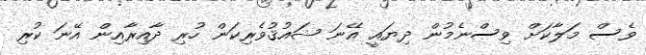
ވެސް މަލާކަށް ވިސްނެމުން ދިޔައީ އޭނަ ޝައުޤުވެރިކަން ހުރި ދާއިރާއިން އޭނަ ކުރި